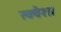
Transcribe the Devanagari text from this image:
स्क्वैश।